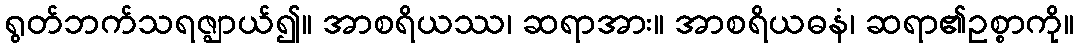
ရွတ်ဘက်သရဇ္ဈာယ်၍။ အာစရိယဿ၊ ဆရာအား။ အာစရိယဓနံ၊ ဆရာ၏ဥစ္စာကို။